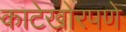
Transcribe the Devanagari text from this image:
काटेखोरपणे